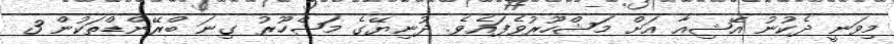
މިވަނީ ދެކުނު އޭޝިއާ އަށް މަޝްހޫރުވެފައެވެ. ދުނިޔޭގެ މަޝްހޫރު ގިނަ ބްރޭންޑްތަކުން 3